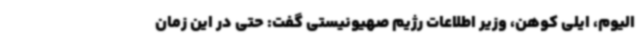
الیوم، ایلی کوهن، وزیر اطلاعات رژیم صهیونیستی گفت: حتی در این زمان